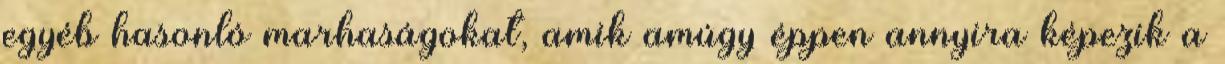
egyéb hasonló marhaságokat, amik amúgy éppen annyira képezik a